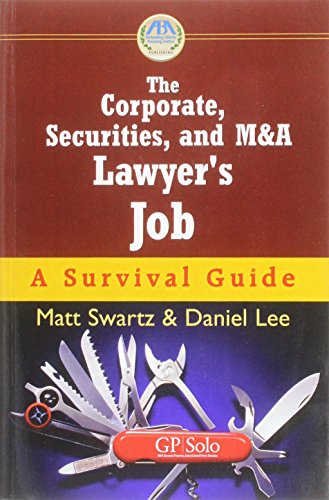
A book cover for The Corporate, Securities, and M&A Lawyer's Job: A Survival Guide; Business & Money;